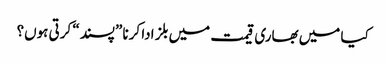
کیا میں بھاری قیمت میں بلز ادا کرنا ”پسند“ کرتی ہوں؟